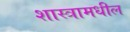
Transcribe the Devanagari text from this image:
शास्त्रामधील